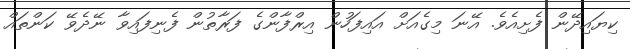
ކިޔައިދޭން ފެށިއެވެ. އޭނަ މިގެއަށް އައިފަހުން އިރްފާންގެ ފަރާތުން ފެނިފައިވާ ނޭދެވޭ ކަންތައް